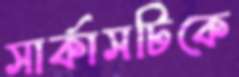
সার্কাসটিকে